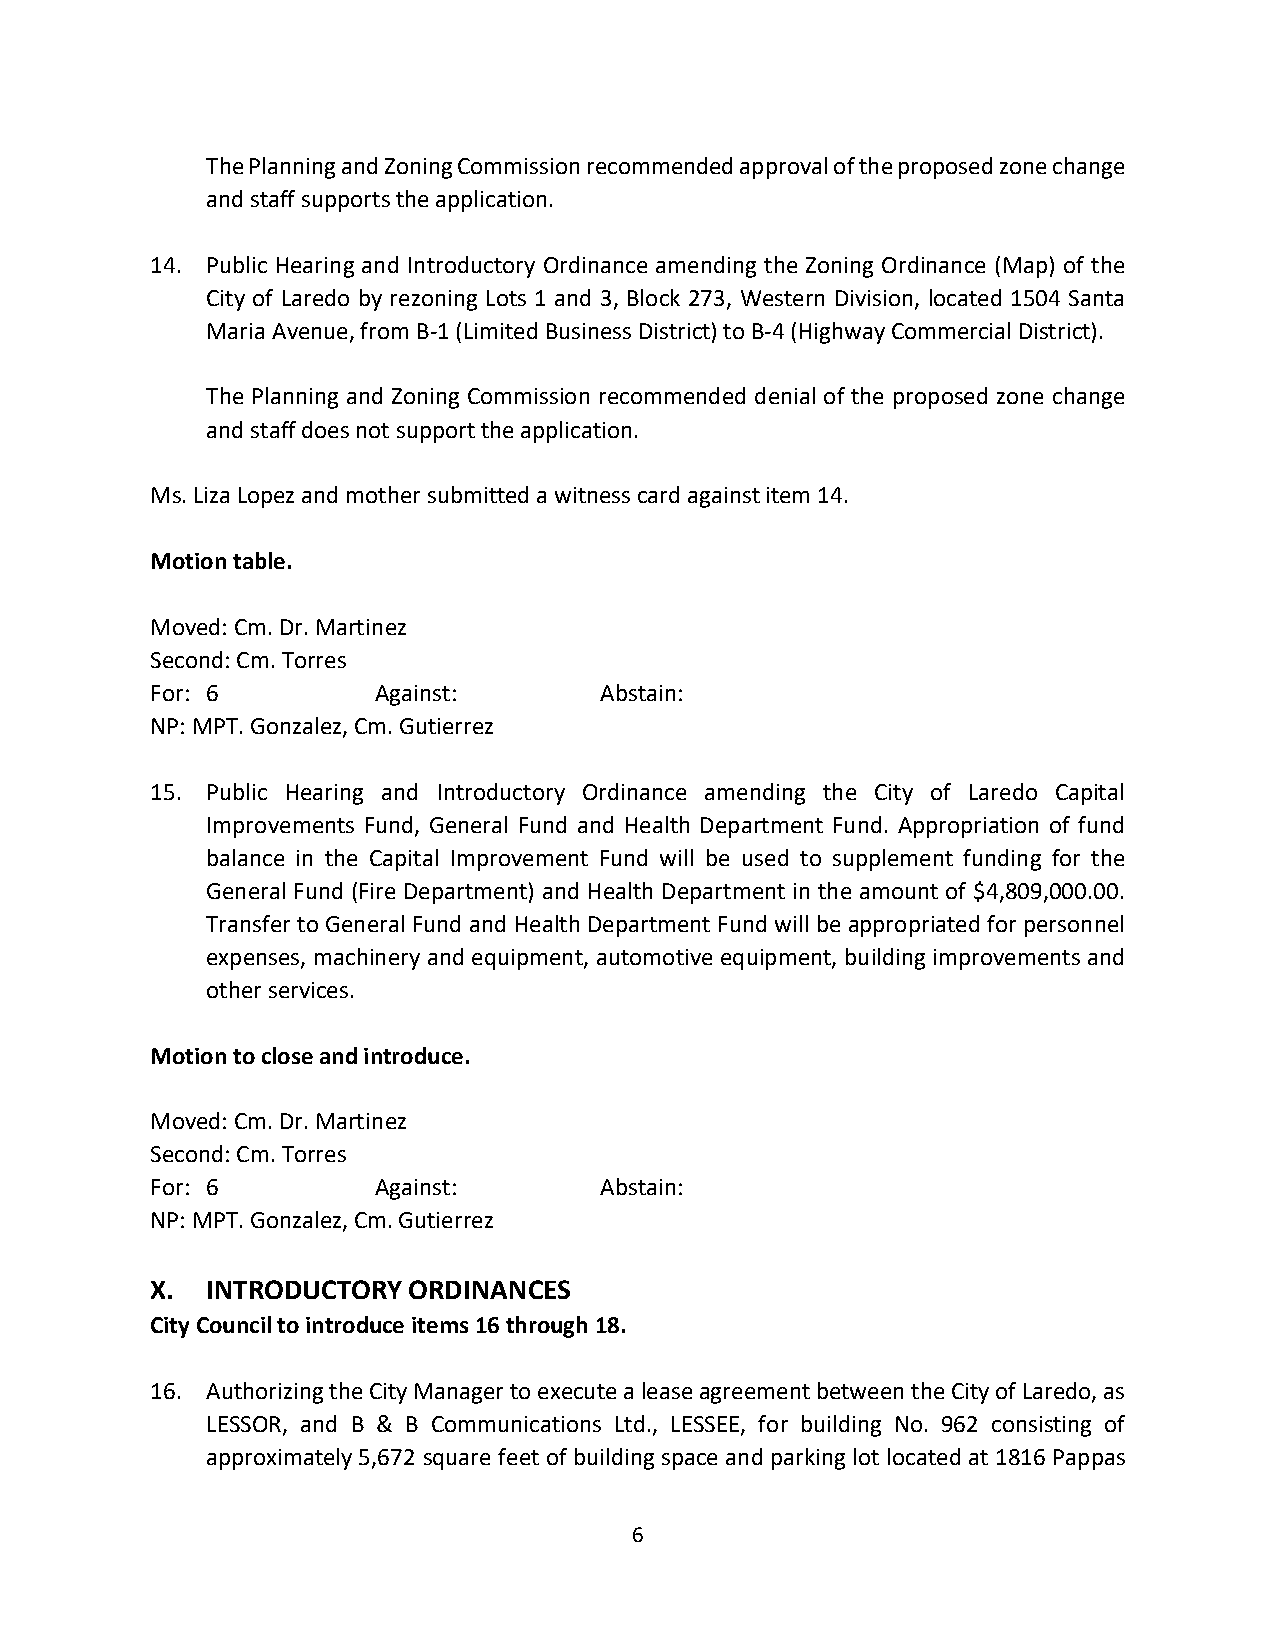
The Planning and Zoning Commission recommended approval of the proposed zone change
 and staff supports the application.
 14. Public Hearing and Introductory Ordinance amending the Zoning Ordinance (Map) of the
 City of Laredo by rezoning Lots 1 and 3, Block 273, Western Division, located 1504 Santa
 Maria Avenue, from B-1 (Limited Business District) to B-4 (Highway Commercial District).
 The Planning and Zoning Commission recommended denial of the proposed zone change
 and staff does not support the application.
 Ms. Liza Lopez and mother submitted a witness card against item 14.
 Motion table.
 Moved: Cm. Dr. Martinez
 Second: Cm. Torres
 For: 6         Against:       Abstain:
 NP: MPT. Gonzalez, Cm. Gutierrez
 15. Public Hearing and Introductory Ordinance amending the City of Laredo Capital
 Improvements Fund, General Fund and Health Department Fund. Appropriation of fund
 balance in the Capital Improvement Fund will be used to supplement funding for the
 General Fund (Fire Department) and Health Department in the amount of $4,809,000.00.
 Transfer to General Fund and Health Department Fund will be appropriated for personnel
 expenses, machinery and equipment, automotive equipment, building improvements and
 other services.
 Motion to close and introduce.
 Moved: Cm. Dr. Martinez
 Second: Cm. Torres
 For: 6         Against:       Abstain:
 NP: MPT. Gonzalez, Cm. Gutierrez
 X.  INTRODUCTORY ORDINANCES
 City Council to introduce items 16 through 18.
 16. Authorizing the City Manager to execute a lease agreement between the City of Laredo, as
 LESSOR, and B & B Communications Ltd., LESSEE, for building No. 962 consisting of
 approximately 5,672 square feet of building space and parking lot located at 1816 Pappas
 6